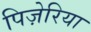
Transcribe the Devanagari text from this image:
पिज़ेरिया